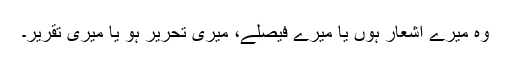
وہ میرے اشعار ہوں یا میرے فیصلے، میری تحریر ہو یا میری تقریر۔